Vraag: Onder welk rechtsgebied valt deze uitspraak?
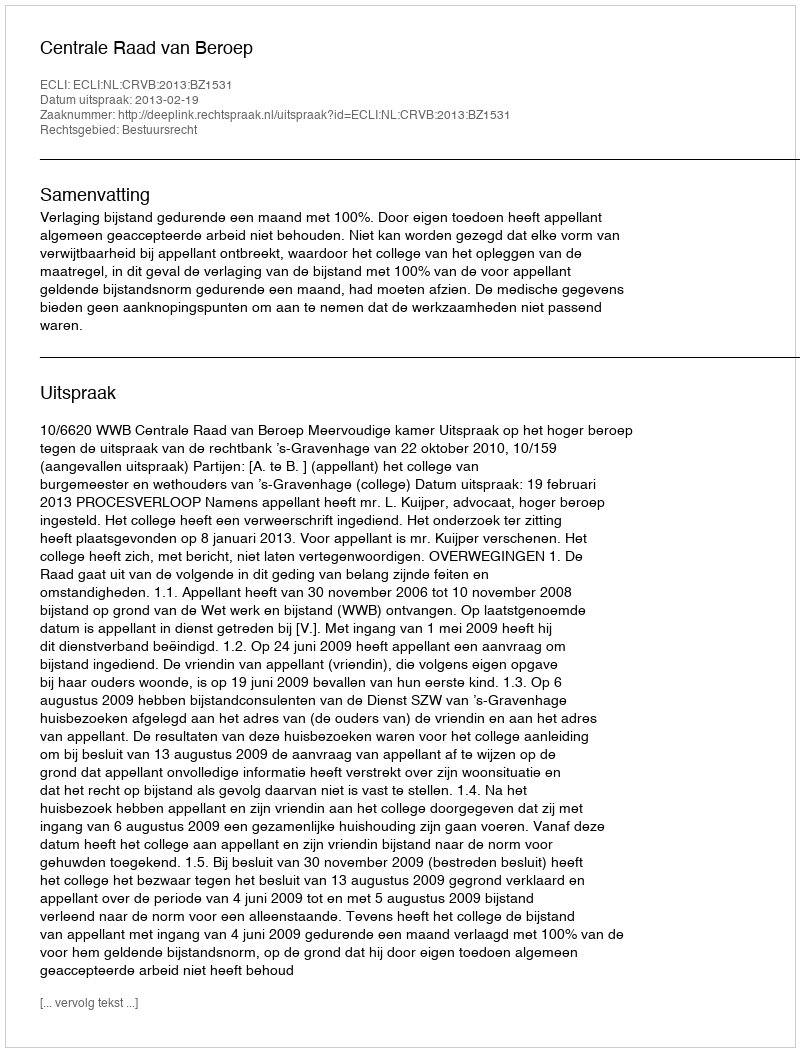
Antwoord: Bestuursrecht